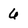
Character: 6